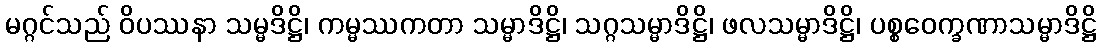
မဂ္ဂင်သည် ဝိပဿနာ သမ္မဒိဋ္ဌိ၊ ကမ္မဿကတာ သမ္မာဒိဋ္ဌိ၊ သဂ္ဂသမ္မာဒိဋ္ဌိ၊ ဖလသမ္မာဒိဋ္ဌိ၊ ပစ္စဝေက္ခဏာသမ္မာဒိဋ္ဌိ